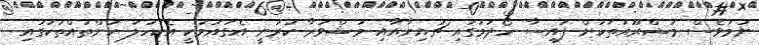
ނަމަވެސް މަޝްރޫއުތަކަށް ފައިސާ ހޯދުމުގައި ޗައިނާއާއި މަޝްވަރާ ކުރަނީ އެގައުމަކީ އެކަހަލަ ކަންތައްތަކުގައި